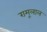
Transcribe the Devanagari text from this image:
रामूलाल